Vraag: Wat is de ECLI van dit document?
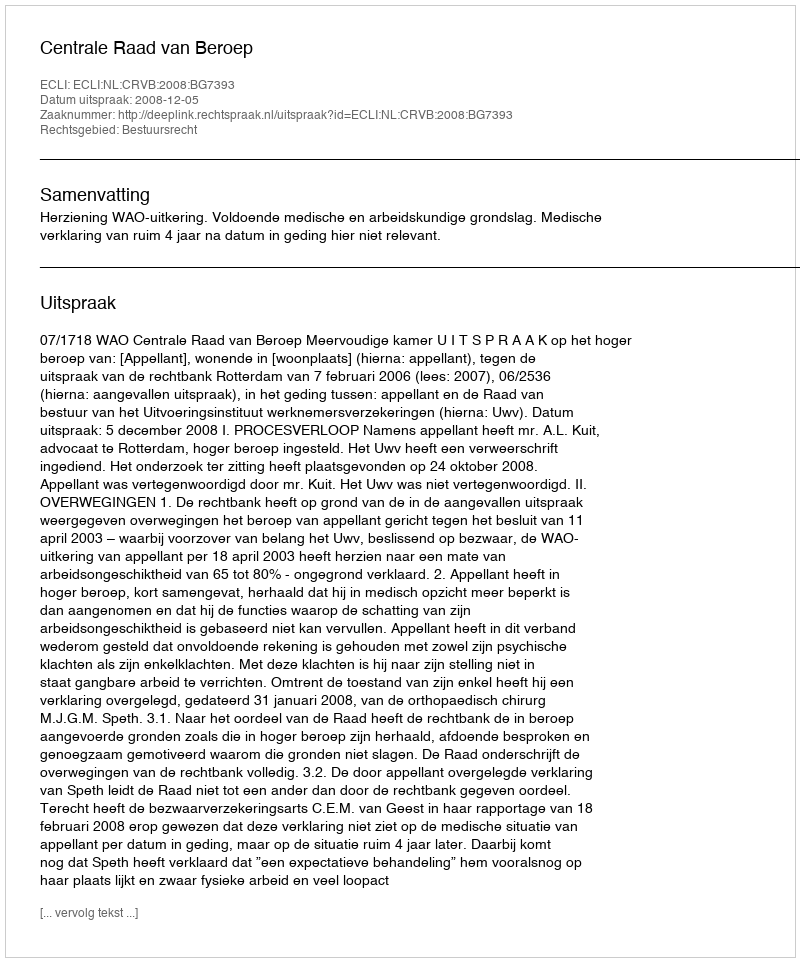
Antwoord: ECLI:NL:CRVB:2008:BG7393